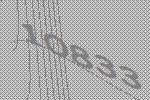
10833